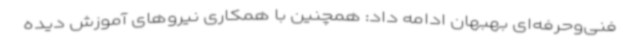
فنی‌وحرفه‌ای بهبهان ادامه داد: همچنین با همکاری نیروهای آموزش دیده